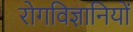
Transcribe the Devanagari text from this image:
रोगविज्ञानियों